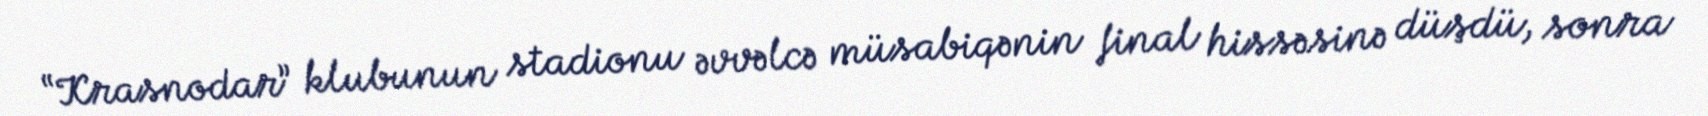
“Krasnodar” klubunun stadionu əvvəlcə müsabiqənin final hissəsinə düşdü, sonra